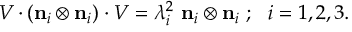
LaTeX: { \boldsymbol { V } } \cdot ( \mathbf { n } _ { i } \otimes \mathbf { n } _ { i } ) \cdot { \boldsymbol { V } } = \lambda _ { i } ^ { 2 } ~ \mathbf { n } _ { i } \otimes \mathbf { n } _ { i } ~ ; ~ ~ i = 1 , 2 , 3 .